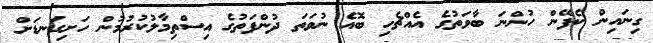
ގިނައިން ކެފޭން ހުންނަ ބާވަތުގެ އެއްޗެހި ބޮއެ ނުވަތަ ދުންފަތުގެ އިސްތިމާލުކުރުމުން ހަށިގަނޑަށް